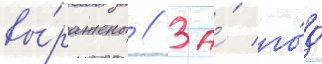
вы́ражены // За́ го́д